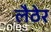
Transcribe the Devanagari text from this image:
लैठेर